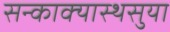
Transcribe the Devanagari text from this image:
सन्काक्यास्थसुया